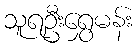
သူရဦးရွှေမန်း